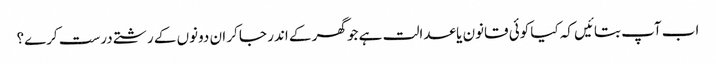
اب آپ بتائیں کہ کیا کوئی قانون یا عدالت ہے جو گھر کے اندر جا کر ان دونوں کے رشتے درست کرے؟